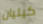
كيليان